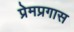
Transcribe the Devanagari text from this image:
प्रेमप्रगास